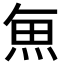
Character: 𮫯